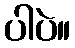
ပါပဲ။